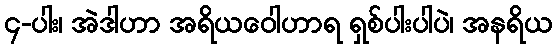
၄-ပါး၊ အဲဒါဟာ အရိယဝေါဟာရ ရှစ်ပါးပါပဲ၊ အနရိယ